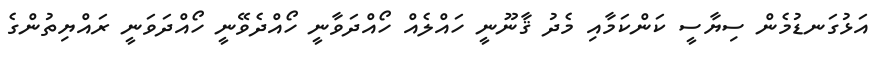
އަޅުގަނޑުމެން ސިޔާސީ ކަންކަމާއި މެދު ޤާނޫނީ ހައްލެއް ހޯއްދަވާނީ ހޯއްދެވޭނީ ހޯއްދަވަނީ ރައްޔިތުންގެ